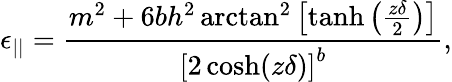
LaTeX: \epsilon_{||}=\frac{m^{2}+6bh^{2}\arctan^{2}\left[\operatorname{tanh}\left(\frac{z\delta}{2}\right)\right]}{\left[2\cosh(z\delta)\right]^{b}},